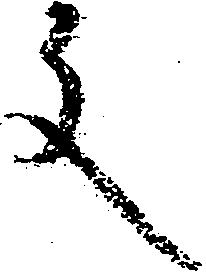
文